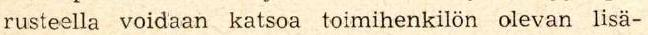
rusteella voidaan katsoa toimihenkilön olevan lisä-